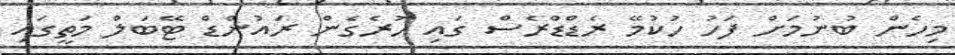
މިހެން ބުނުމަށް ފަހު ހުކުމޭ ރެޑްޑްރެސް ގައި ހުރެގެން ރައުންޑް ޓޭބަލް މަތީގައި